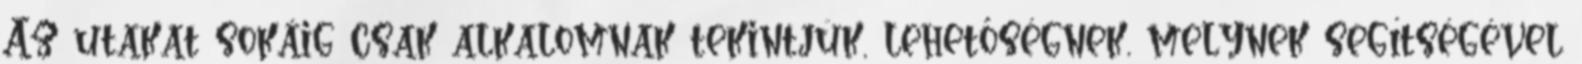
Az utakat sokáig csak alkalomnak tekintjük, lehetőségnek, melynek segítségével